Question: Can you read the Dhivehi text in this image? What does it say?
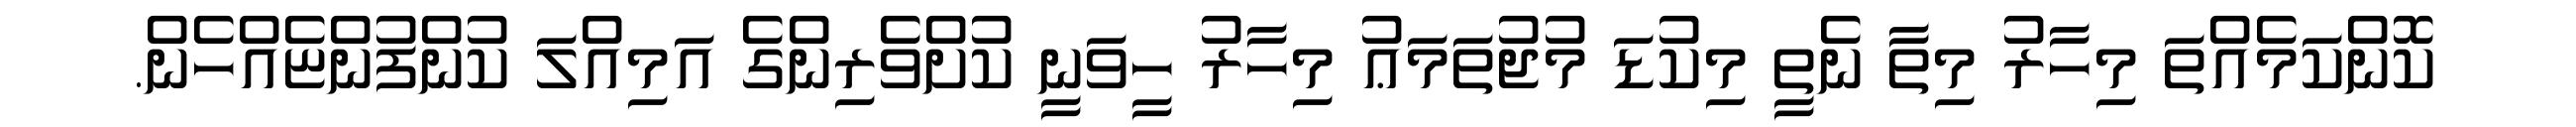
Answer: ކޮންކަމެއްތަ މިހާރު މިތާ ނެތީ މިކުޑަ މުޖުތަމަޢު މިހާރު ހީވަނީ ކުށްވެރިންގެ އަމިއްލަ ކުންފުންޏެއްހެން.